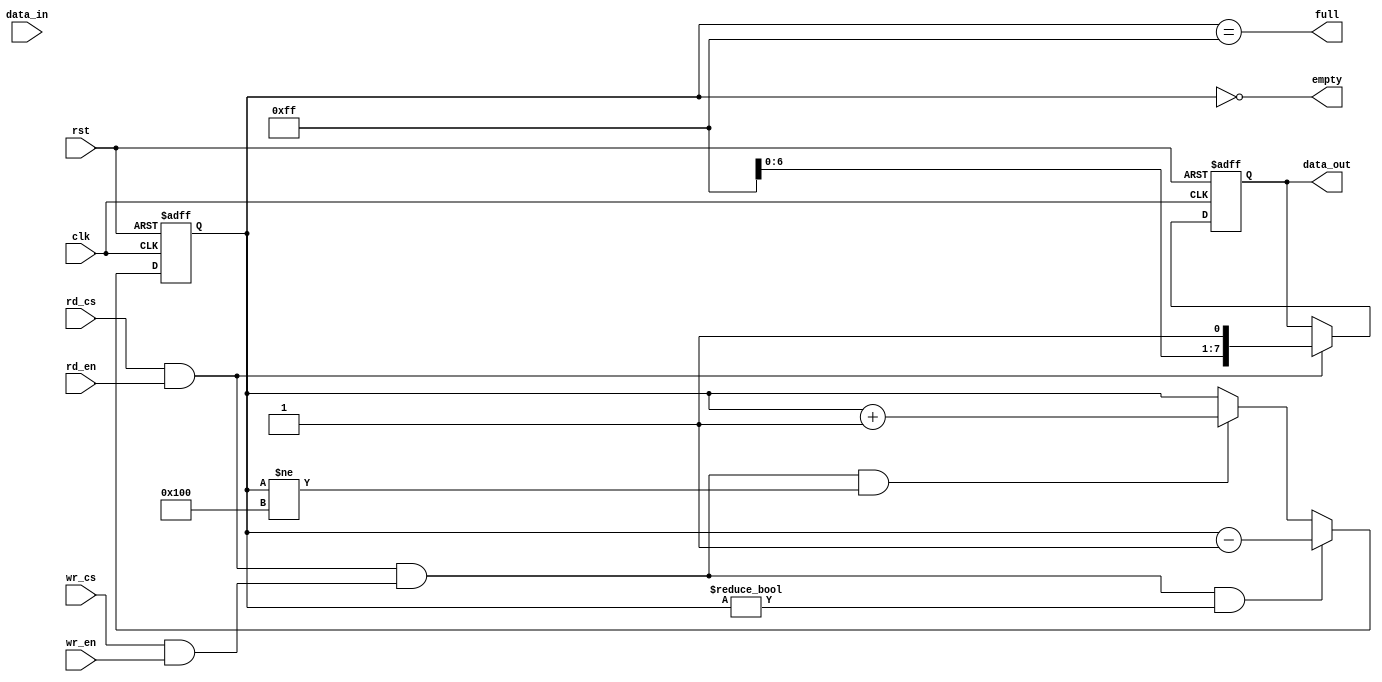
module syn_fifo (clk,rst, wr_cs, rd_cs , data_in, rd_en, wr_en, data_out , empty, full);    
   
   // Port Declarations
   input clk ;
   input rst ;
   input wr_cs ;
   input rd_cs ;
   input rd_en ;
   input wr_en ;
   input [DATA_WIDTH-1:0] data_in ;
   output full ;
   output empty ;
   output [DATA_WIDTH-1:0] data_out ;
   
   //-----------Internal variables-------------------
   reg [ADDR_WIDTH-1:0] wr_pointer;
   reg [ADDR_WIDTH-1:0] rd_pointer;
   reg [ADDR_WIDTH :0] status_cnt;
   reg [DATA_WIDTH-1:0] data_out ;
   wire [DATA_WIDTH-1:0] data_ram ;
	
	// FIFO constants
   parameter DATA_WIDTH = 8;
   parameter ADDR_WIDTH = 8;
   parameter RAM_DEPTH = (1 << ADDR_WIDTH);
   
   //-----------Variable assignments---------------
   assign full = (status_cnt == (RAM_DEPTH-1));
   assign empty = (status_cnt == 0);
   
   //-----------Code Start---------------------------
   always @ (posedge clk or posedge rst)
   begin : WRITE_POINTER
     if (rst) begin
       wr_pointer <= 0;
     end else if (wr_cs && wr_en ) begin
       wr_pointer <= wr_pointer + 1;
     end
   end
   
   always @ (posedge clk or posedge rst)
   begin : READ_POINTER
     if (rst) begin
       rd_pointer <= 0;
     end else if (rd_cs && rd_en ) begin
       rd_pointer <= rd_pointer + 1;
     end
   end
   
   always  @ (posedge clk or posedge rst)
   begin : READ_DATA
     if (rst) begin
       data_out <= 0;
     end else if (rd_cs && rd_en ) begin
       data_out <= data_ram;
     end
   end
   
   always @ (posedge clk or posedge rst)
   begin : STATUS_COUNTER
     if (rst) begin
       status_cnt <= 0;
     // Read but no write.
     end 
	  else if ((rd_cs && rd_en) && (wr_cs && wr_en) && (status_cnt!= 0)) 
	  begin
       status_cnt <= status_cnt - 1;
     // Write but no read.
     end 
	  else if ((wr_cs && wr_en) &&  (rd_cs && rd_en) 
                  && (status_cnt!= RAM_DEPTH)) begin
       status_cnt <= status_cnt + 1;
     end
   end 
      
   
  
  endmodule